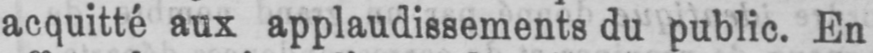
acquitté aux applaudissements du public. En